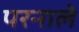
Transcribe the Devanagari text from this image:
परनाले